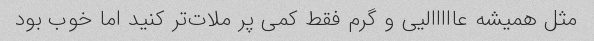
مثل همیشه عااااالیی و گرم فقط کمی پر ملات‌تر کنید اما خوب بود